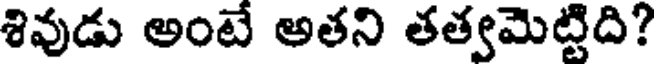
శివుడు అంటే అతని తత్వమెట్టిది?